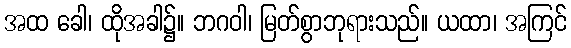
အထ ခေါ၊ ထိုအခါ၌။ ဘဂဝါ၊ မြတ်စွာဘုရားသည်။ ယထာ၊ အကြင်